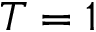
T = 1